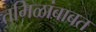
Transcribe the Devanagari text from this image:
तमिळांबाबत